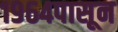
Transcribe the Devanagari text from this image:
१९६४पासून